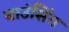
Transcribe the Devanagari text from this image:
बाउंसिंग